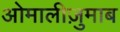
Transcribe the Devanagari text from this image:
ओमालीज़ुमाब